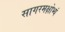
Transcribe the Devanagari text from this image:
सागरमक्षोभ्यं